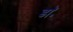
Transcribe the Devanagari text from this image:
डाॅ॰